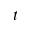
t